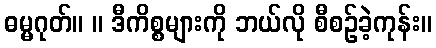
ဓမ္မဂုတ်။ ။ ဒီကိစ္စများကို ဘယ်လို စီစဉ်ခဲ့ကုန်း။